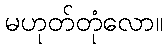
မဟုတ်တုံလော။